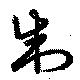
制